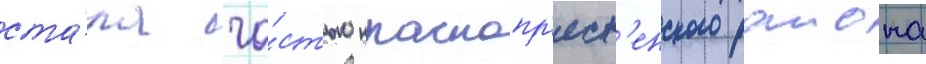
ста́ла ча́стью краснопр'есн'енского раиона